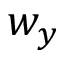
w _ { y }